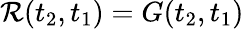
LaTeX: \mathcal{R}(t_{2},t_{1})=G(t_{2},t_{1})